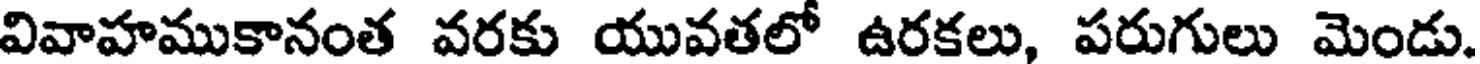
వివాహముకానంత వరకు యువతలో ఉరకలు, పరుగులు మెండు.